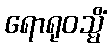
ရောရုဝသ္မိံ